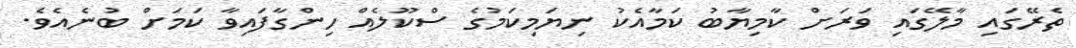
ތެރޭގައި މާލޭގައި ވަރަށް ކާމިޔާބު ކަމާއެކު ނިޔަމިކަމުގެ ސްކޫލެއް ހިންގާފައިވާ ކަމަށް ބުނެއެވެ.